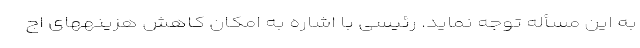
به این مسأله توجه نماید. رئیسی با اشاره به امکان کاهش هزینههای اج